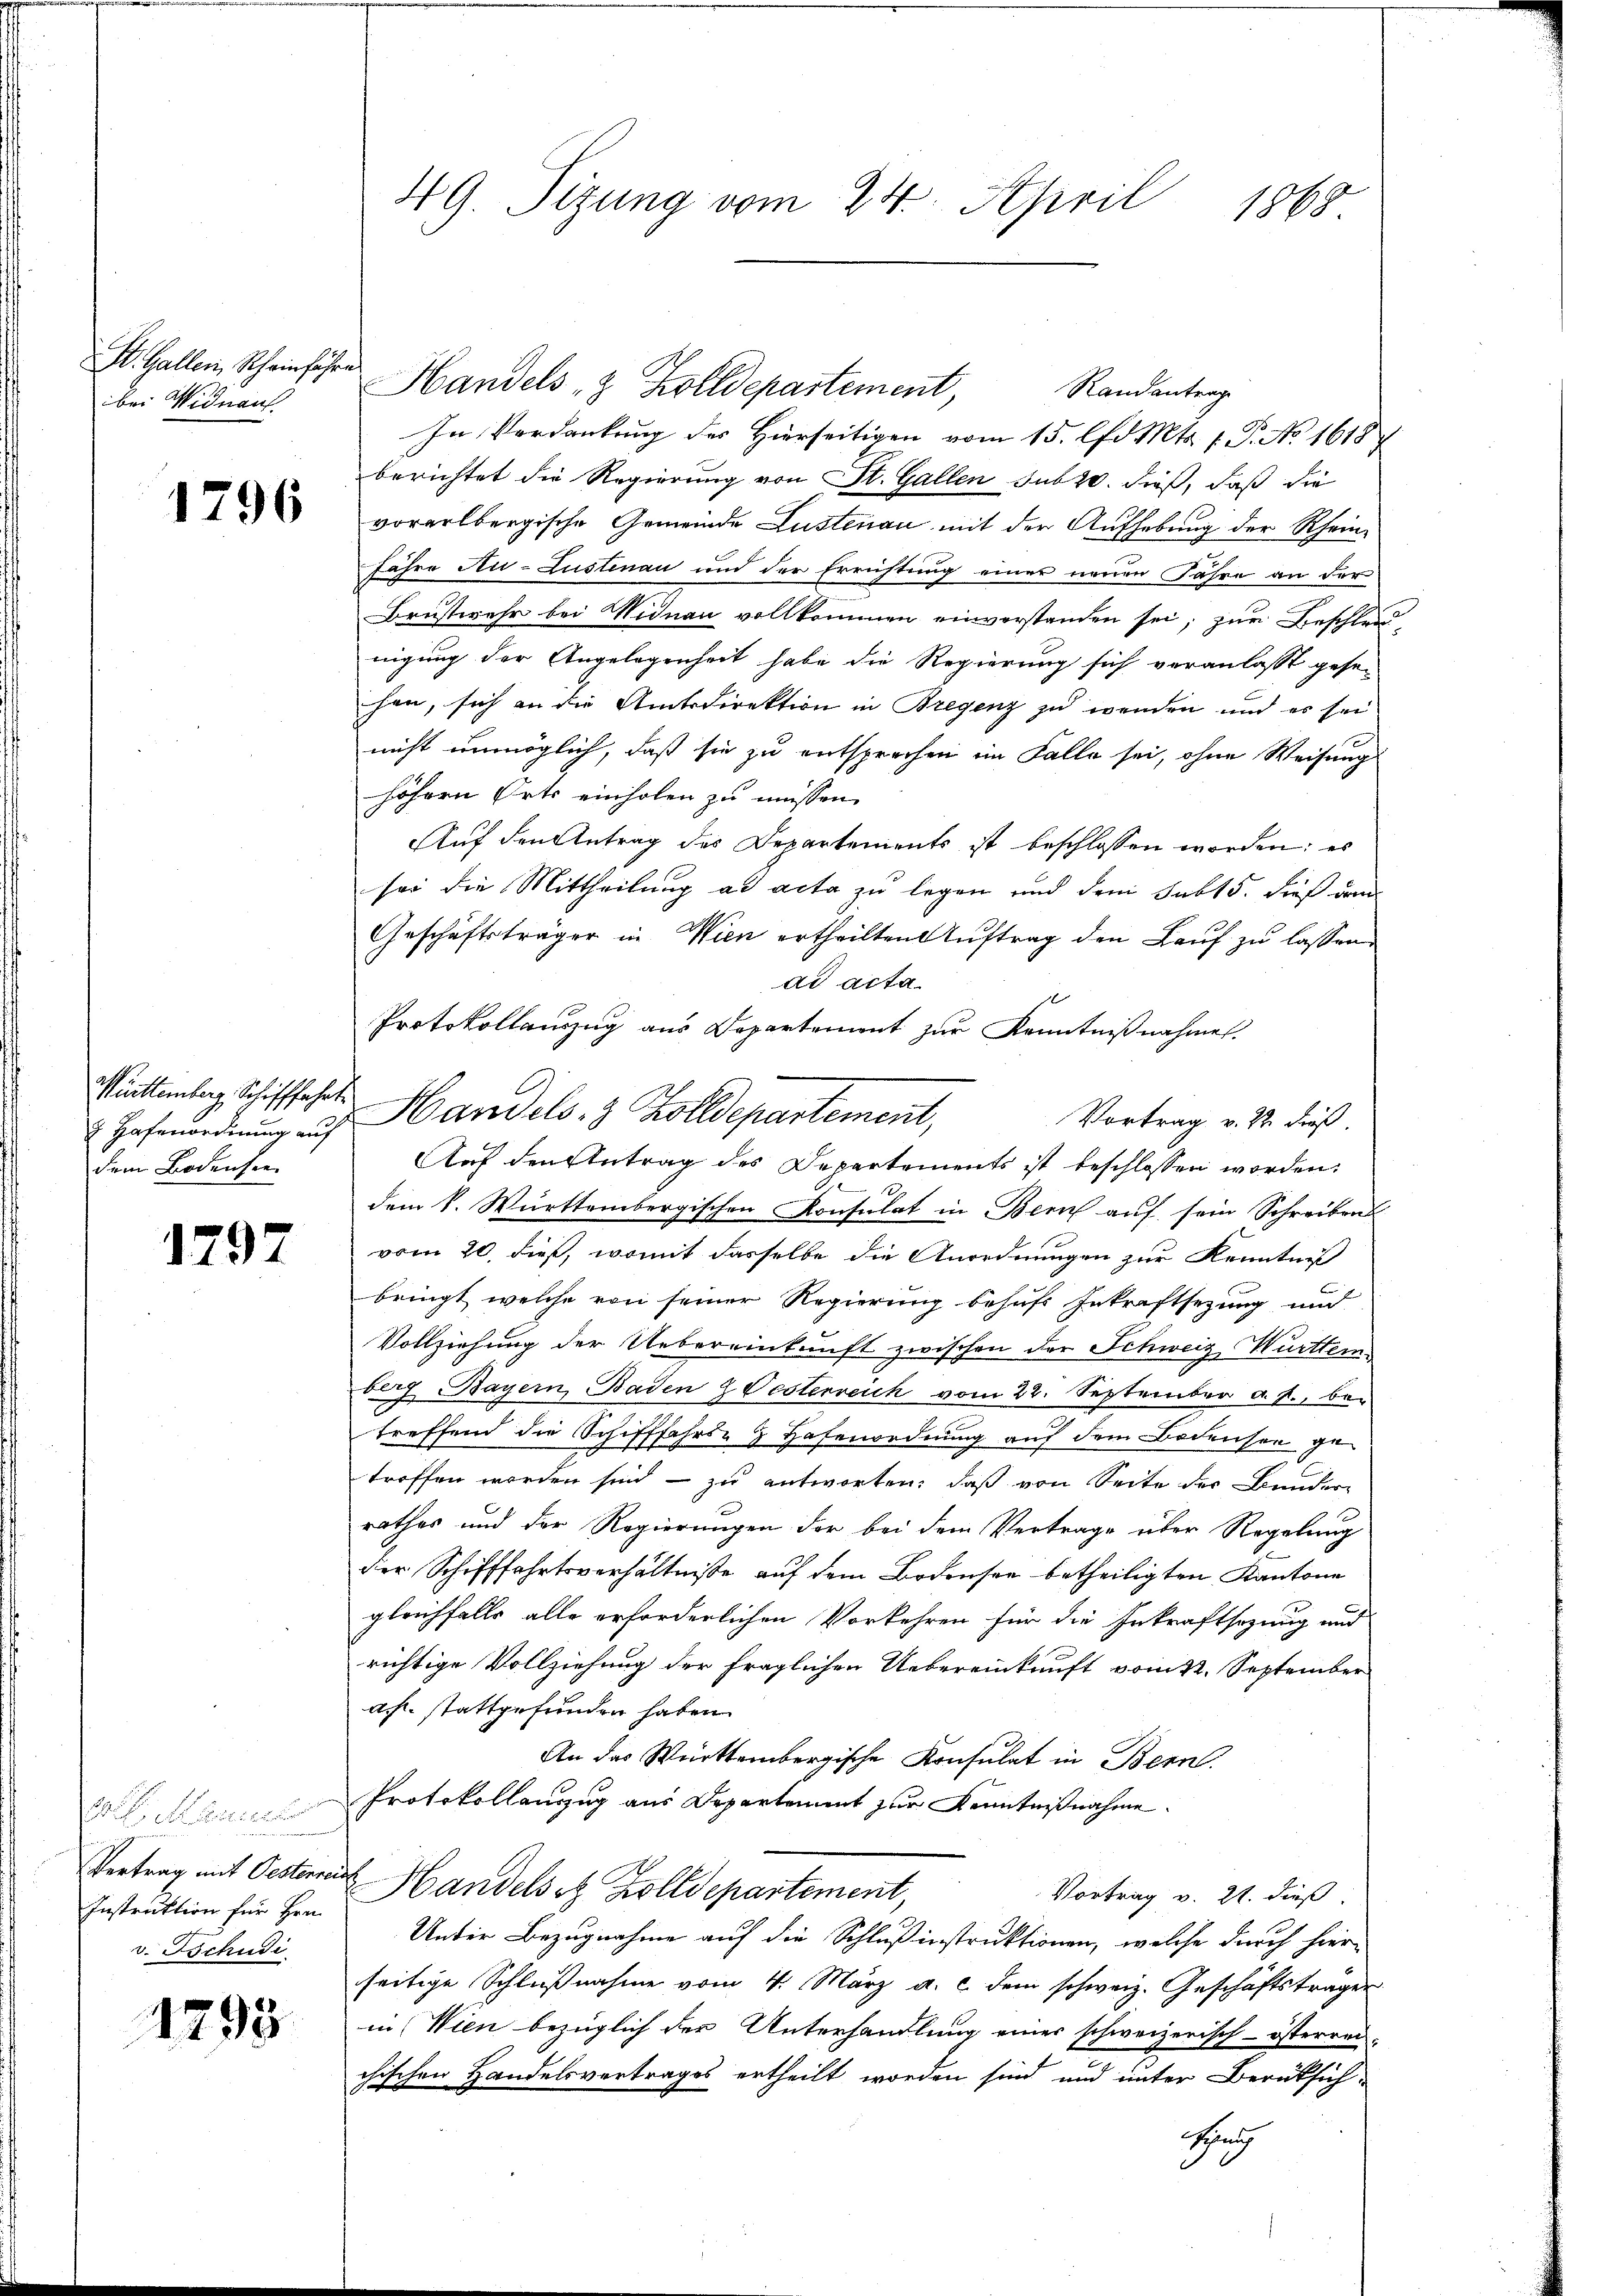
bei Widnauf.

1796

Hafenordnung auf
dem Bodensee

1797

A Mariel
Vertrag mit Oesterre
Instruktion für Hrn.
v. Tschudi

1293

49. Sizung vom 24. April 1868

St. Gallen Scheine Handels & Zolldepartement, Randantrag
In Verdankung des Hierseitigen vom 15. d. Mts. 1. P. No 1618
berichtet die Regierung von St. Gallen sub 20. dieß, daß die
vorarlbergische Gemeinde Lustenau mit der Aufhebung der Rhein¬
Jahre Au-Lustenau und der Errichtung einer neuen Jahre an der
Brustwehr bei Widnau vollkommen einverstanden sei, zur Beschleunigung der Angelegenheit habe die Regierung sich veranlasst gesehen, sich an die Amtsdirektion in Bregenz zu wenden und es sei
nicht unmöglich, daß sie zu entsprechen im Falle sei, ohne Weisung
höhern Orts einholen zu müssen.
Auf den Antrag des Departements ist beschlossen worden; es
sei die Mittheilung ad acta zu legen und dem Sub 15. dieß dem
Geschäftsträger in Wien ertheilten Auftrag den Lauf zu lassen.
ad acta
1
Protokollauszug aus Departement zur Kenntnißnahmen.
Winterlag. Schiffahrte Handels. 3 Zolldepartement,
Auf den Antrag des Departements ist beschlossen worden:
dem S. Württembergischen Konsulat in Bern auf sein Schreibens
vom 20. dieß, womit dasselbe die Anordnungen zur Kenntniß
bringt, welche von seiner Regierung behufs Inkraftsezung und
Vollziehung der Uebereinkunft zwischen der Schweiz Württemberg Bayern, Baden & Oesterreich vom 22. September a. f., be-
treffend die Schifffahrte & Hafenordnung auf dem Bodensee ge
troffen werden sind, – zu antworten, daß von Seite der Bundere
rathes und der Regierungen der bei dem Vertrage über Regelung
der Schifffahrtsverhältnisse auf dem Bodensee betheiligten Kantone
gleichfalls alle erforderlichen Vorkehren für die Inkraftsezung und
richtige Vollziehung der fraglichen Uebereinkunft vom 22. September
a.h. stattgefunden haben.
An das Württembergische Konsulat in Bern.
Protokollanzug aus Departement zur Kenntnißnahme.
 Handelsitz Zolldepartement,
Vortrag v. 21. dieß.
Unter Bezugnahme auf die Schluß instruktionen, welche durch hierseitige Schlußnahme vom 4. März a. c. dem schweiz. Geschäftsträger
in Wien bezüglich der Unterhandlung einer schweizerisch-österrei-
chischen Handelsvertrages ertheilt worden sind und unter Berüksich-
schung
3

Vortrag v. 22. dieß.